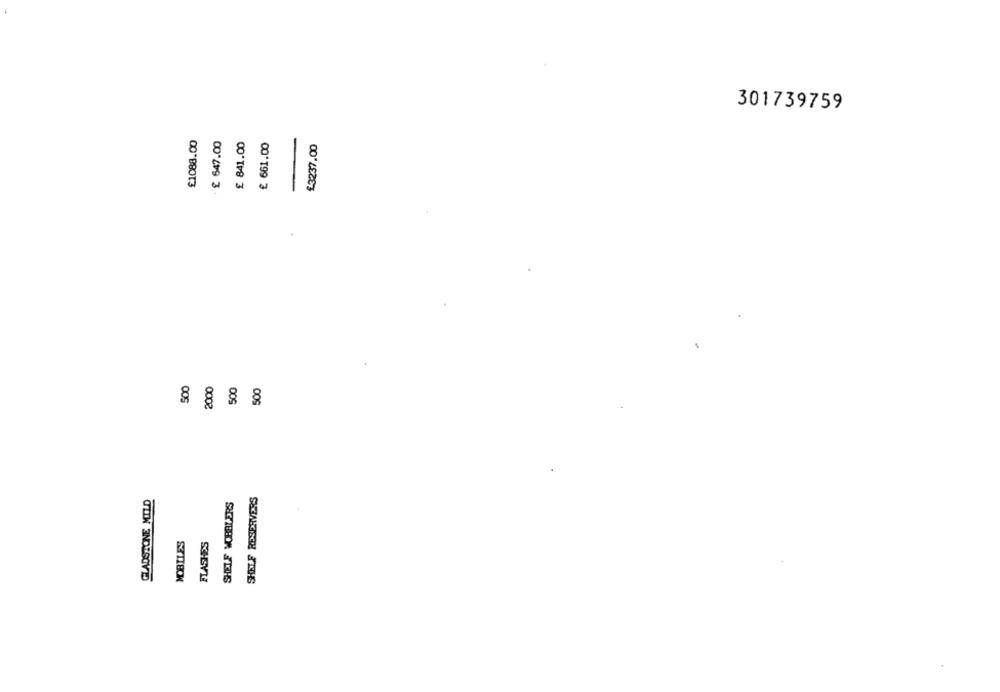
301739759
£1088.00
£ 647.00
£ 841.00
€ 661.00
£3237.00
500
2000
500
500
GLADSTONE MILD
SHELF RESERVERS
SHELF WORRIERS
MOBILES
FLASHES